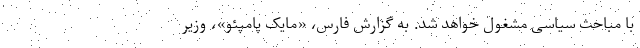
با مباحث سیاسی مشغول خواهد شد. به گزارش فارس، «مایک پامپئو»، وزیر